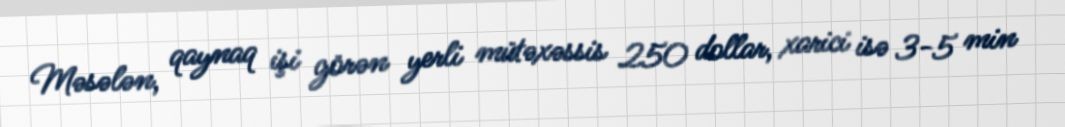
Məsələn, qaynaq işi görən yerli mütəxəssis 250 dollar, xarici isə 3-5 min